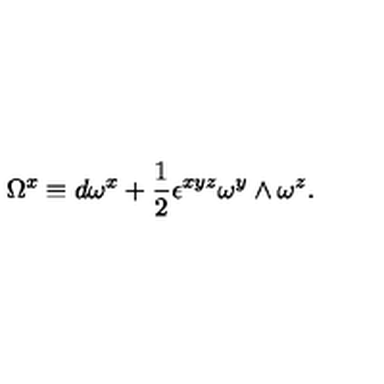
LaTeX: \Omega ^ { x } \equiv d \omega ^ { x } + { \frac { 1 } { 2 } } \epsilon ^ { x y z } \omega ^ { y } \wedge \omega ^ { z } .